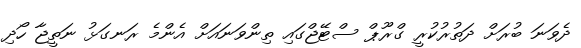
ދެވަނަ ބުރަށް ދަތުރުކުރީ ގްރޫޕް ސްޓޭޖްގައި ތިންވަނައަށް އެންމެ ރަނގަޅު ނަތީޖާ ހޯދި